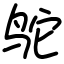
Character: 鸵